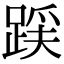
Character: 𮛪